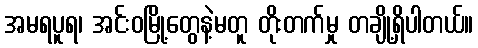
အမရပူရ၊ အင်းဝမြို့တွေနဲ့မတူ တိုးတက်မှု တချို့ရှိပါတယ်။